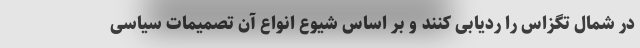
در شمال تگزاس را ردیابی کنند و بر اساس شیوع انواع آن تصمیمات سیاسی